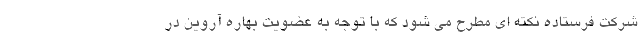
شرکت فرستاده نکته ای مطرح می شود که با توجه به عضویت بهاره آروین در